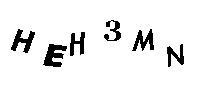
HEH3MN